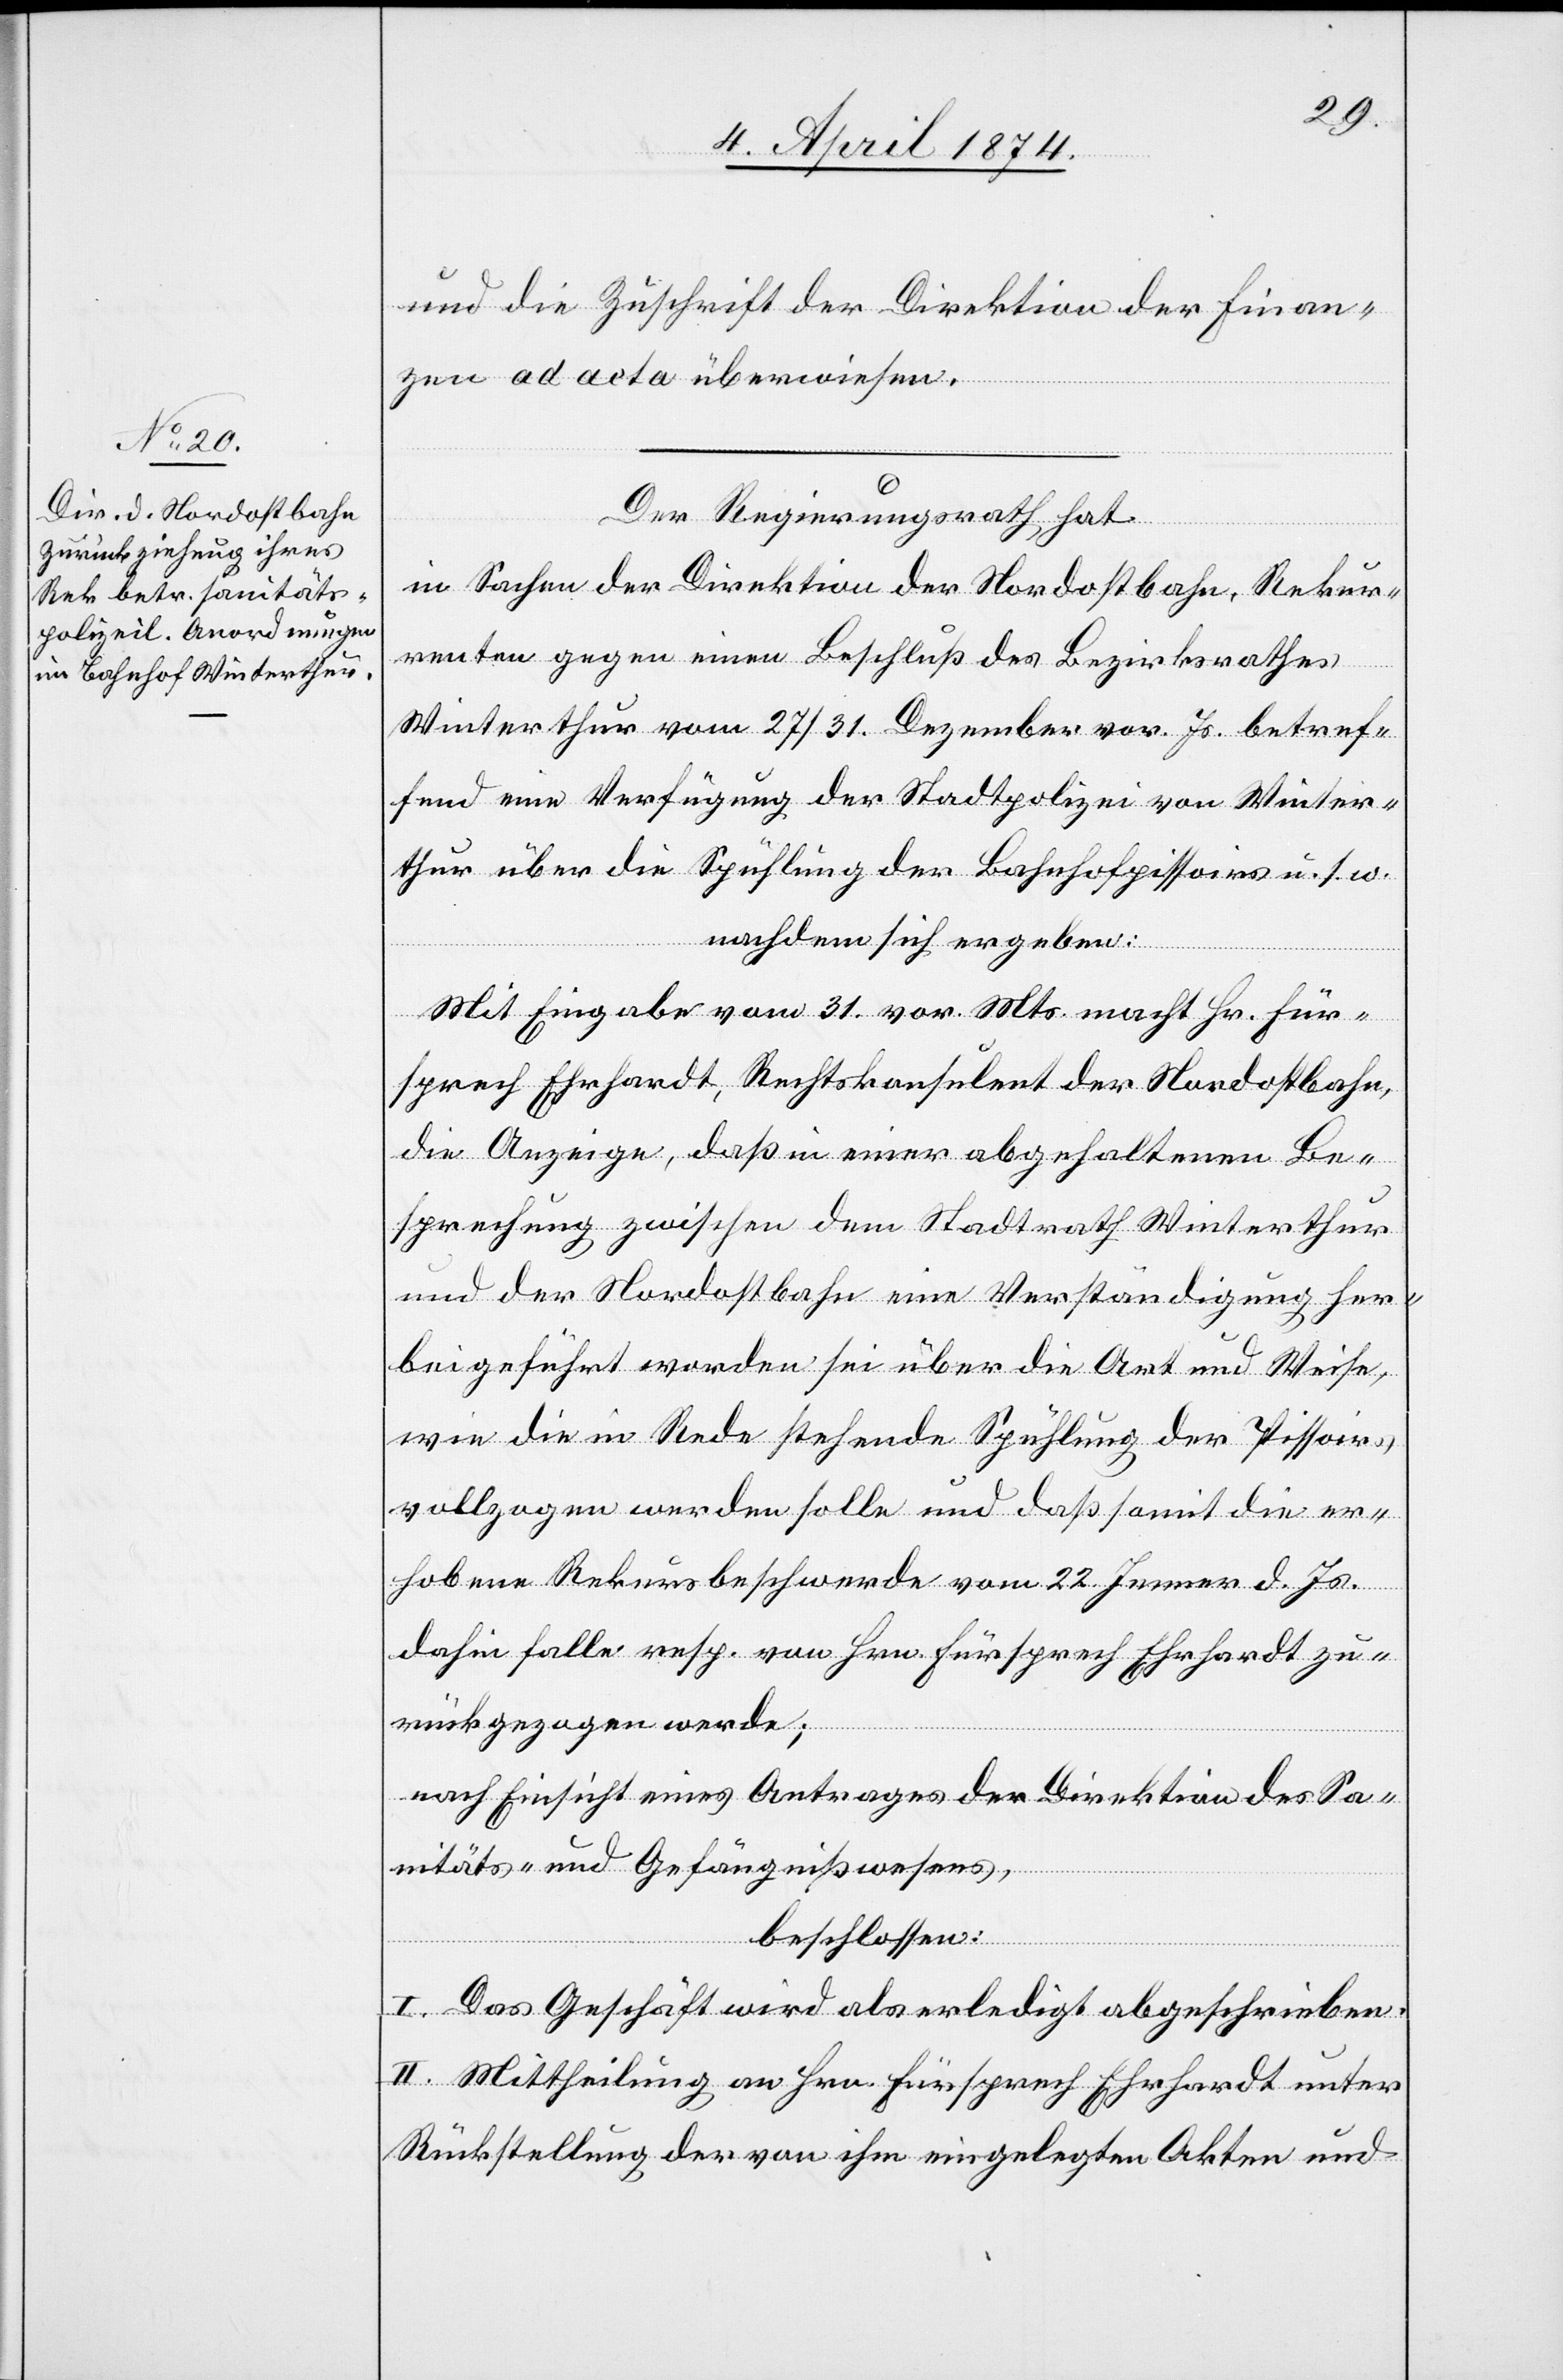
und die Zuschrift der Direktion der Finan¬
zen ad acta überwiesen.
Der Regierungsrath hat
in Sachen der Direktion der Nordostbahn, Rekur¬
renten gegen einen Beschluß des Bezirksrathes
Winterthur vom 27/31. Dezember vor. Js. betref¬
fend eine Verfügung der Stadtpolizei von Winter¬
thur über die Spühlung der Bahnhofpissoirs u. s. w.
nachdem sich ergeben:
Mit Eingabe vom 31. vor. Mts. macht Hr. Für¬
sprech Ehrhardt, Rechtskonsulent der Nordostbahn,
die Anzeige, daß in einer abgehaltenen Be¬
sprechung zwischen dem Stadtrath Winterthur
und der Nordostbahn eine Verständigung her¬
beigeführt worden sei über die Art und Weise,
wie die in Rede stehende Spühlung der Pissoirs
vollzogen werden solle und daß somit die er¬
hobene Rekursbeschwerde vom 22. Jenner d. Js.
dahin falle resp. von Hrn. Fürsprech Ehrhardt zu¬
rückgezogen werde;
nach Einsicht eines Antrages der Direktion des Sa¬
nitäts- und Gefängnißwesens,
beschlossen:
I. Das Geschäft wird als erledigt abgeschrieben.
II. Mittheilung an Hrn. Fürsprech Ehrhardt unter
Rückstellung der von ihm eingelegten Akten und